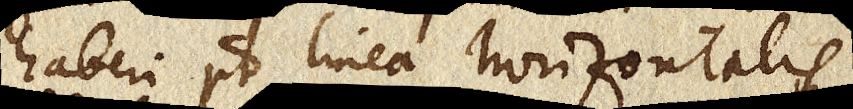
haberi potest linea horizontalis,